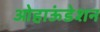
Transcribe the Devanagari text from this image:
ओहाऊंडेशन